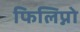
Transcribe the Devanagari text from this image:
फिलिप्नो